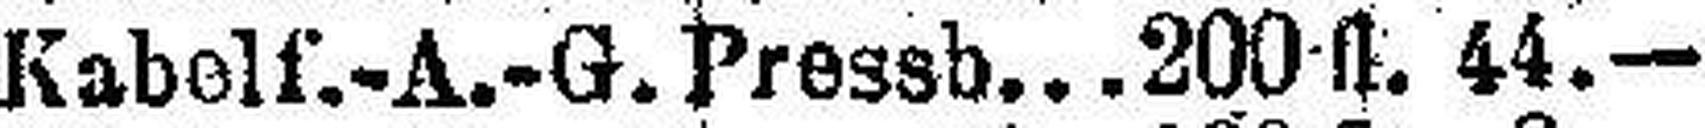
Kabelf.-A.-G.Pressb. 200 fl. 44.—